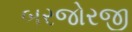
બરજોરજી